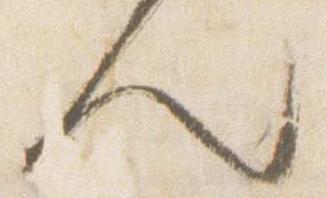
人